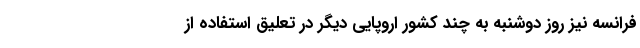
فرانسه نیز روز دوشنبه به چند کشور اروپایی دیگر در تعلیق استفاده از